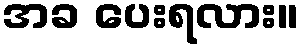
အခ ပေးရလား။